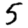
Digit: 5